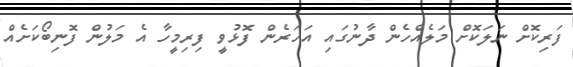
ފަރިކޮށް ނަލަކޮށް މަލެއްހެން ދާނުގައި އަހަރެން ފޮޅުވީ ފިރިމީހާ އެ މަލުން ފޮނިބޯކަށެއް